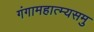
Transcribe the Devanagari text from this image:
गंगामहात्म्यसमु